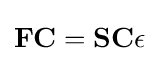
\mathbf {F} \mathbf {C} =\mathbf {S} \mathbf {C} \mathbf {\epsilon }